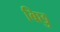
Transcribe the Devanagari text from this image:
बिछु